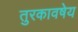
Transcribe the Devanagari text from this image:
तुरकावषेय